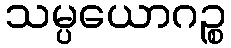
သမ္ပယောဂဉ္စ